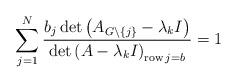
LaTeX: \begin{align*}\sum_{j=1}^{N}\frac{b_{j}\det\left( A_{G\backslash\left\{ j\right\}}-\lambda_{k}I\right) }{\det\left( A-\lambda_{k}I\right)_{\operatorname{row}j=b}}=1 \end{align*}